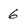
Character: 6